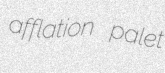
afflation palet